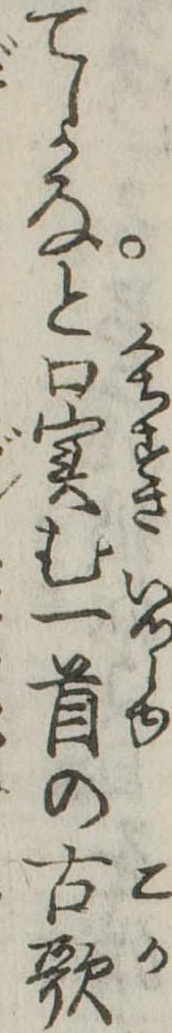
てしかなと口実む一首の古歌